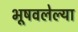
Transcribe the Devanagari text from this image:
भूषवलेल्या